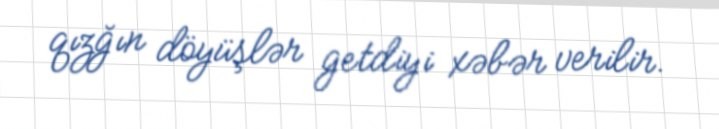
qızğın döyüşlər getdiyi xəbər verilir.